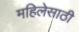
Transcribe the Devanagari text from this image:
महिलेसाठी